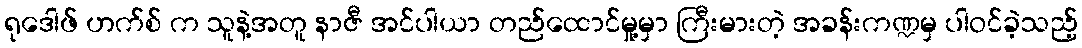
ရုဒေါဖ် ဟက်စ် က သူနဲ့အတူ နာဇီ အင်ပါယာ တည်ထောင်မှု့မှာ ကြီးမားတဲ့ အခန်းကဏ္ဍမှ ပါဝင်ခဲ့သည့်